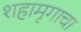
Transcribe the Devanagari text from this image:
शहामृगाचा